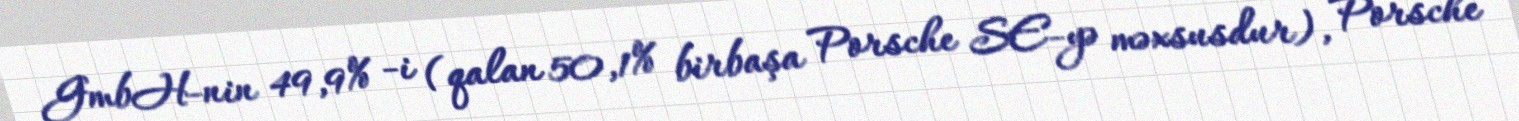
GmbH-nin 49,9% -i (qalan 50,1% birbaşa Porsche SE-yə məxsusdur), Porsche